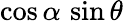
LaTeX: \cos\alpha\, \sin\theta